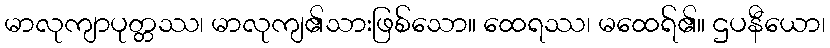
မာလုကျာပုတ္တဿ၊ မာလုကျ၏သားဖြစ်သော။ ထေရဿ၊ မထေရ်၏။ ဌပနီယော၊